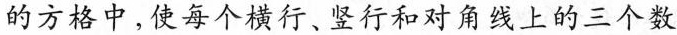
的方格中，使每个横行、竖行和对角线上的三个数